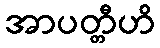
အာပတ္တီဟိ